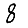
Digit: 8